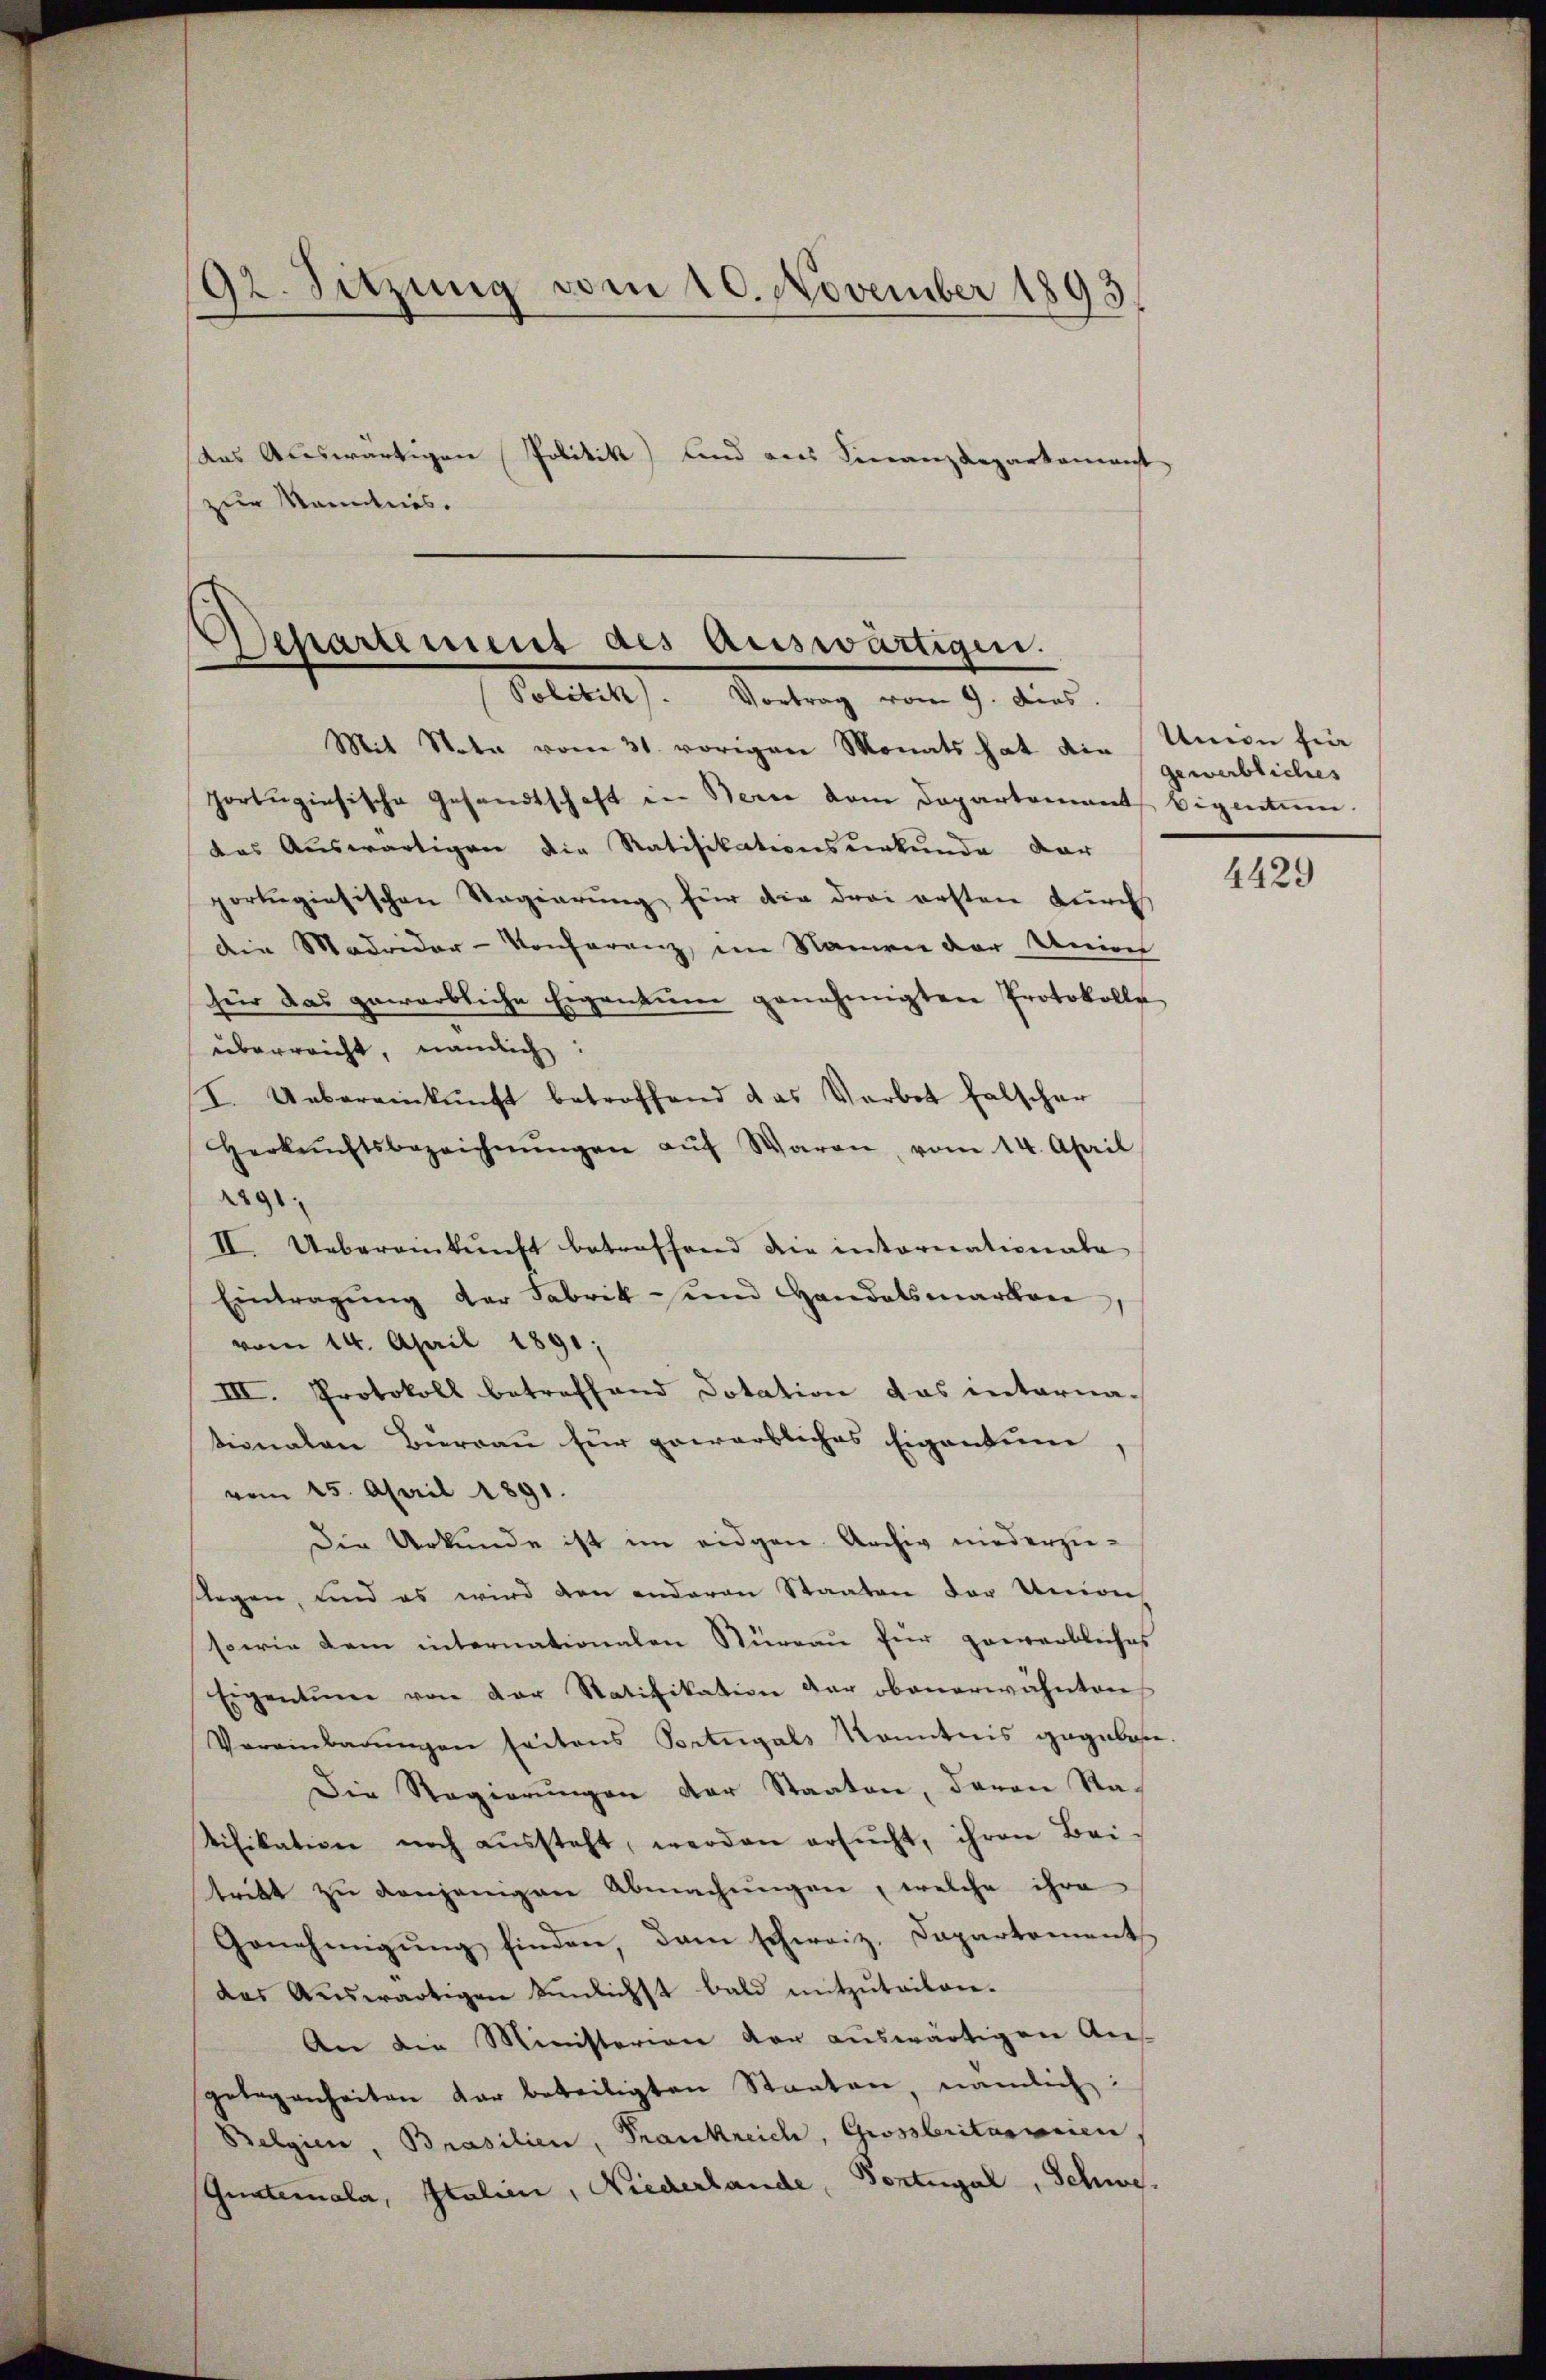
92. Sitzung vom 10. November 1893.
das Auswärtigen Politik) und aus Finanzdeparkamenst
zur Mannes.

Departement des Auswärtigen.
Politik. Vortrag vom 9. dies.

Mit Note vom 31. vorigen Monats hat die Union für
portugisische Gesandtschaft in Bern dem Departement Eigentum.
das Auswärtigen die Ratifikationsurkunde dar
portigiesischen Regierung für die drei ersten durch
die Madridor-Konferenz, im Namen der Univer
für das gewarbliche Eigentum genehmigten Protokolle
überreicht, nämlich:
I. Uebereinkunft betroffend das Verbot falscher
Herkŭnftsbezeichnŭngen aŭf Waren, vom 14. April
2891;
II. Uebereinkunft betreffend die internationala
Eintragŭng der Fabrik- und Handelsmarken,
vom 14. April 1891;
III. Protokoll betreffend Dotation das intarna-
tionalen Burgau für gewarbliches Eigentum
vom 25. April 1891.
Die Urkunde ist im eidgen. Archiv niederzuslagen, und es wird den anderen Staaten der Unions
sowie dem internationalen Stüreau für gewerbliches
Eigentum von der Ratifikation der obenerwähnten
Vereinbarŭngen seitens Portugals Kenntnis gegeben.
Die Regierungen der Staaten, davon Ratifikation noch aŭssteht, werden ersŭcht, ihren Bei-
tritt zu denjenigen Abmachungen, welche ihre
Genehmigŭng finden, dann schweiz. Dapartement
des Aŭswärtigen Einlichst bald mitzŭteilen.
An die Ministerien der auswärtigen Aus-
gelegenheiten dar beteiligten Staaten, nämlich:
Belgien, Brasilien, Frankreich, Grossbritariorien
Theaterala, Italien, Niederlande, Vontegal, Schwe¬

gewerbliches

4429